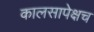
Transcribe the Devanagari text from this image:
कालसापेक्षच